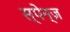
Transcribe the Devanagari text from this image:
स्पेन्ज़